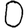
Digit: 0